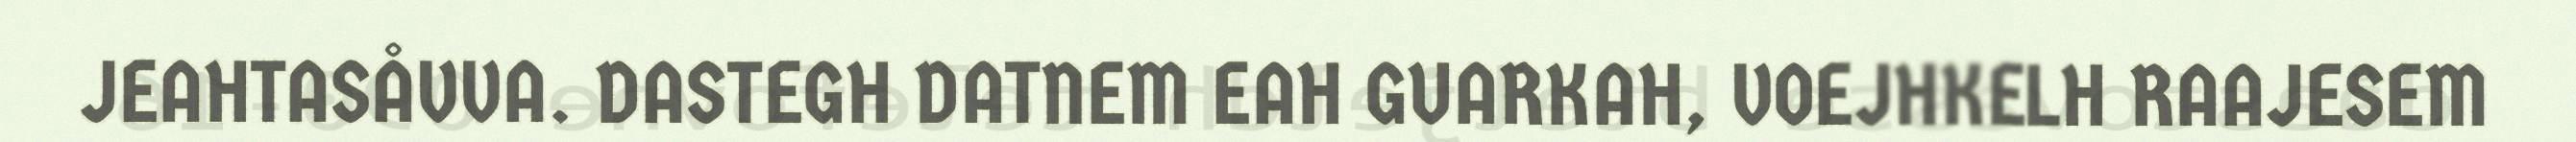
JEAHTASÅVVA. DASTEGH DATNEM EAH GUARKAH, VOEJHKELH RAAJESEM